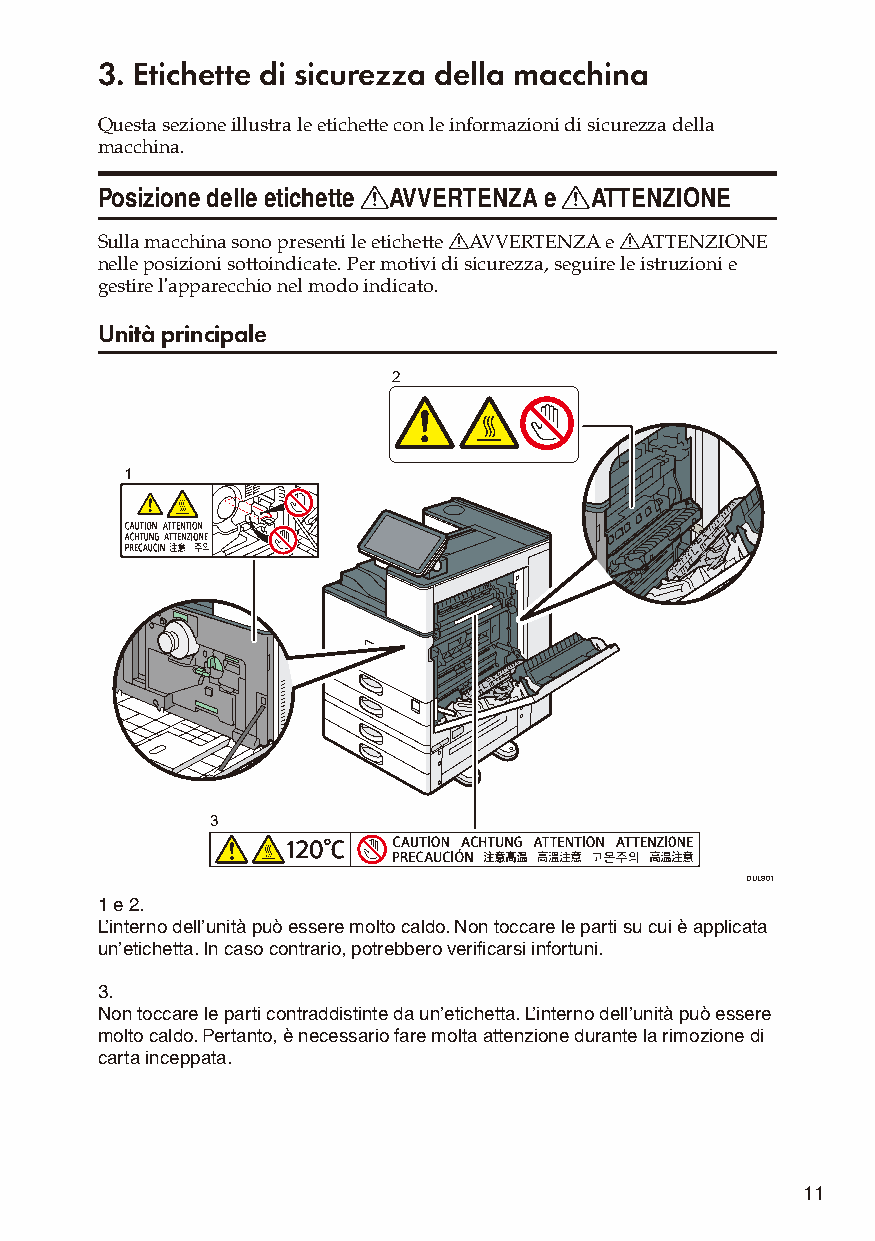
3. Etichette di sicurezza della macchina
 Questa sezione illustra le etichette con le informazioni di sicurezza della
 macchina.
 Posizione delle etichette RAVVERTENZA e RATTENZIONE
 Sulla macchina sono presenti le etichette RAVVERTENZA e RATTENZIONE
 nelle posizioni sottoindicate. Per motivi di sicurezza, seguire le istruzioni e
 gestire l'apparecchio nel modo indicato.
 Unità principale
 2
 1
 3
 DUL801
 1 e 2.
 L’interno dell’unità può essere molto caldo. Non toccare le parti su cui è applicata
 un’etichetta. In caso contrario, potrebbero verificarsi infortuni.
 3.
 Non toccare le parti contraddistinte da un’etichetta. L’interno dell’unità può essere
 molto caldo. Pertanto, è necessario fare molta attenzione durante la rimozione di
 carta inceppata.
 11